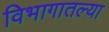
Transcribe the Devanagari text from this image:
विभागातल्या